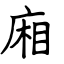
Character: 廂